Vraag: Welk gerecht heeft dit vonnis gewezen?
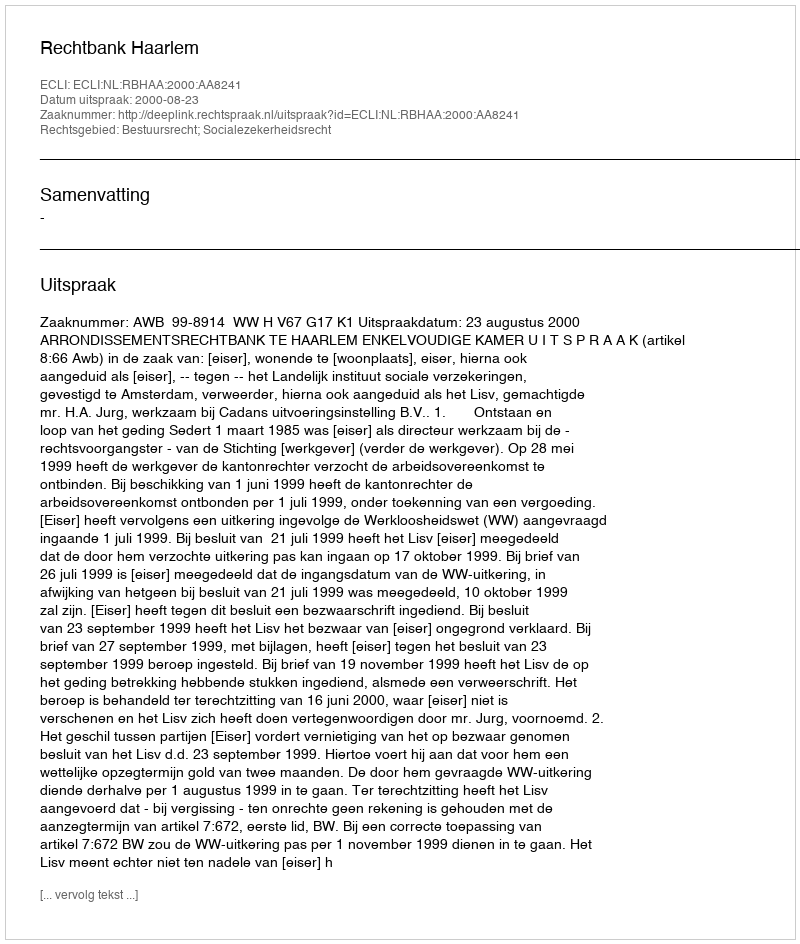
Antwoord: Rechtbank Haarlem